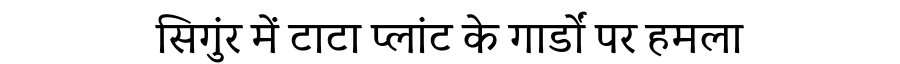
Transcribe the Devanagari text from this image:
सिगुंर में टाटा प्लांट के गार्डों पर हमला